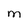
Character: M